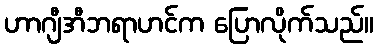
ဟာဂျီအီဘရာဟင်က ပြောလိုက်သည်။